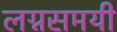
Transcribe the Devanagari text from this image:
लग्नसमयी